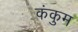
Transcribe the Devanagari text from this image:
कंकुम